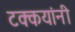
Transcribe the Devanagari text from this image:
टक्कयांनी